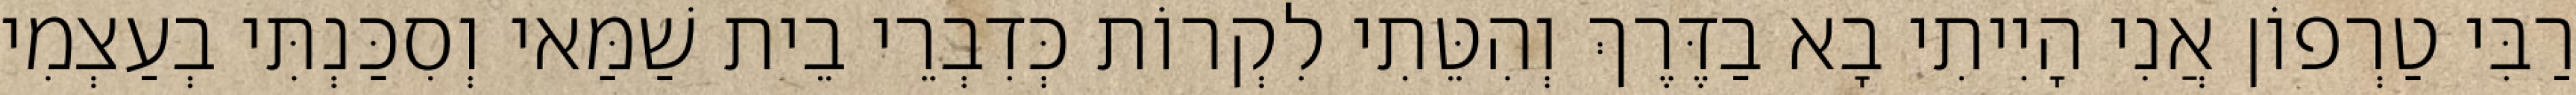
רַבִּי טַרְפוֹן אֲנִי הָיִיתִי בָא בַדֶּרֶךְ וְהִטֵּתִי לִקְרוֹת כְּדִבְרֵי בֵית שַׁמַּאי וְסִכַּנְתִּי בְעַצְמִי